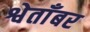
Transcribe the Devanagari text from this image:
श्वेताँबर